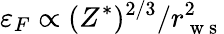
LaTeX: \varepsilon_{F}\propto(Z^{*})^{2/3}/r_{\mathrm{~w~s~}}^{2}